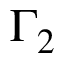
\Gamma _ { 2 }